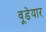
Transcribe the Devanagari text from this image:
वूडेयार